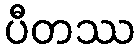
ပီတဿ